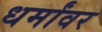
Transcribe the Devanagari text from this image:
धर्मांवर